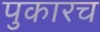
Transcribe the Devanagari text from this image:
पुकारच